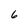
Character: 6